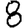
Digit: 8